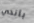
باندي